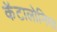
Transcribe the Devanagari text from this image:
कॅटालोनिया